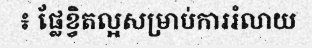
៖ ផ្លែខ្វិតល្អសម្រាប់ការរំលាយ